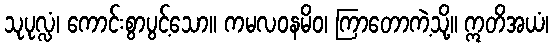
သုပုလ္လံ၊ ကောင်းစွာပွင့်သော။ ကမလဝနမိဝ၊ ကြာတောကဲ့သို့။ ဣတိအယံ၊